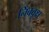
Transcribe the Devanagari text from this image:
निंबवृक्ष